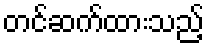
တင်ဆက်ထားသည့်